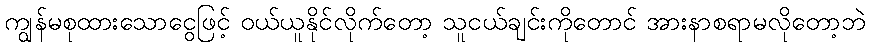
ကျွန်မစုထားသောငွေဖြင့် ဝယ်ယူနိုင်လိုက်တော့ သူငယ်ချင်းကိုတောင် အားနာစရာမလိုတော့ဘဲ